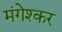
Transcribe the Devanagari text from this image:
मंगेश्कर